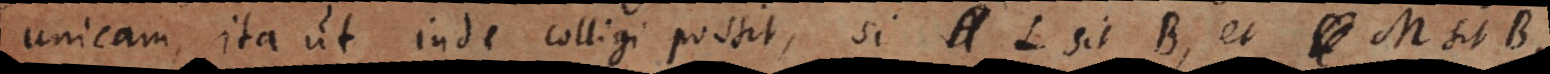
unicam, ita ut inde colligi possit, si L sit B, et M sit B,